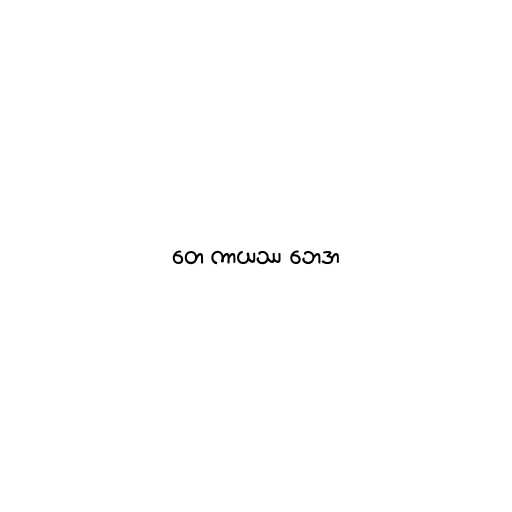
တေ ကာယဿ ဘေဒာ